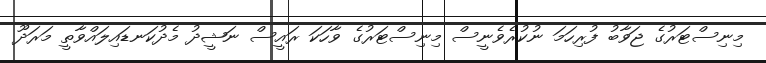
މިނިސްޓަރުގެ ޖަވާބު ފުރިހަމަ ނުކުރެވެނީސް މިނިސްޓަރުގެ ވާހަކަ ރައީސް ނަޝީދު މެދުކަނޑައިލައްވާތީ މަރަދޫ